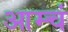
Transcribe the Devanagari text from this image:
आम्चं